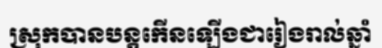
ស្រុកបានបន្តកើនឡើងជារៀងរាល់ឆ្នាំ